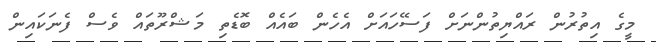
މީގެ އިތުރުން ރައްޔިތުންނަށް ފަސޭހައަށް އެހެން ބައެއް ބޮޑެތި މަޝްރޫތައް ވެސް ފެނަކައިން